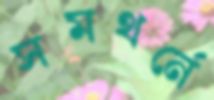
সমথর্নে